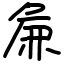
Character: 𫝖